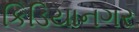
કિડિયાનગર